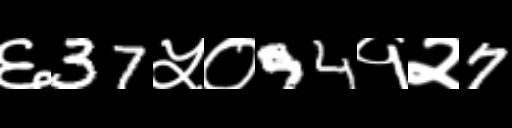
Text: ६37५०94१२7